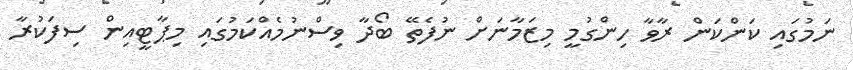
ނަމުގައި ކަންކަން ރާވާ ހިންގުމީ މިޒަމާނަށް ނުފެތޭ ބޯދާ ވިސްނުމެއްކަމުގައި މިޕާޓީއިން ސިފަކުރާ